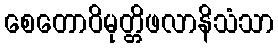
စေတောဝိမုတ္တိဖလာနိသံသာ